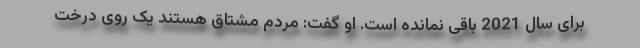
برای سال 2021 باقی نمانده است. او گفت: مردم مشتاق هستند یک روی درخت